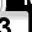
Digit: 3